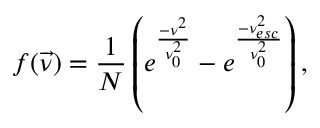
f ( \overrightarrow { \nu } ) = \frac { 1 } { N } \left( e ^ { \frac { - { \nu } ^ { 2 } } { \nu _ { 0 } ^ { 2 } } } - e ^ { \frac { - \nu _ { e s c } ^ { 2 } } { \nu _ { 0 } ^ { 2 } } } \right) ,